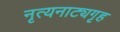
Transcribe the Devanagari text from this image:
नृत्यनाट्यगृह